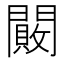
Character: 闝